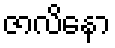
ဇာလိနော